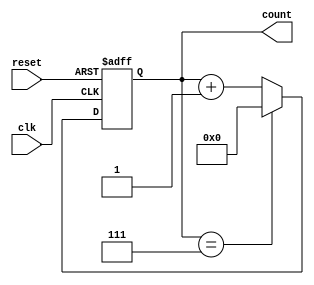
module mod_n_async_counter #(parameter N = 8) (
    input wire clk,         // Clock input
    input wire reset,       // Asynchronous reset
    output reg [N-1:0] count // Counter output
);

// Ensure N is a power of 2 for simplicity
initial begin
    if (N <= 0 || (N & (N - 1)) != 0) begin
        $error("N must be a positive power of 2.");
        $finish;
    end
end

// Asynchronous reset and counting logic
always @(posedge clk or posedge reset) begin
    if (reset) begin
        count <= 0; // Reset the counter to 0
    end else begin
        if (count == (N - 1)) begin
            count <= 0; // Reset to 0 when reaching N
        end else begin
            count <= count + 1; // Increment the counter
        end
    end
end

endmodule